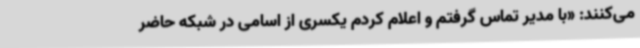
می‌کنند: «با مدیر تماس گرفتم و اعلام کردم یکسری از اسامی در شبکه حاضر